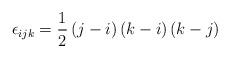
LaTeX: \begin{align*}\epsilon_{ijk}=\frac{1}{2}\left(j-i\right)\left(k-i\right)\left(k-j\right)\end{align*}